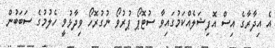
އެ އިދާރާގެ އިސް އޮފިޝަލެއްކަމުގައިވާ ސުޓޮޕޯ ޕުރުވޯ ނުގުރޮހޯ ވިދާޅުވީ ހެލުމުގެ ސަބަބުން